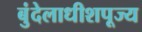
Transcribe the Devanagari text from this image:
बुंदेलाधीशपूज्य